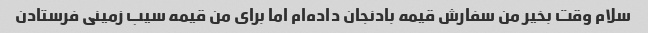
سلام وقت بخیر من سفارش قیمه بادنجان داده‌ام اما برای من قیمه سیب زمینی فرستادن